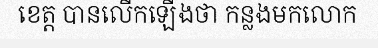
ខេត្ត បានលើកឡើងថា កន្លងមកលោក